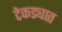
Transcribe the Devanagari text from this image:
टेकड्यात